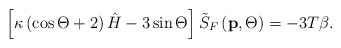
\begin{align*}\left[ \kappa \left( \cos \Theta +2\right) \hat{H}-3\sin \Theta \right] \tilde{S}_F\left( \mathbf{p},\Theta \right) =-3T\beta .\end{align*}